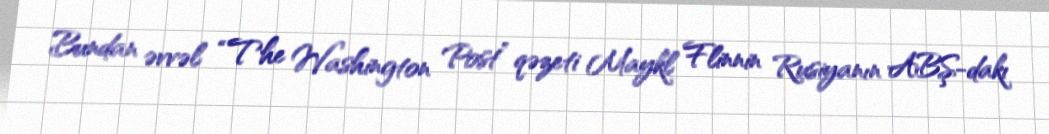
Bundan əvvəl “The Washington Post” qəzeti Maykl Flinnin Rusiyanın ABŞ-dakı